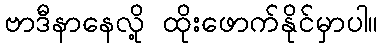
ဗာဒီနာနေလို့ ထိုးဖောက်နိုင်မှာပါ။